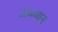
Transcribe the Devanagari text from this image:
अध्ध्य्यन